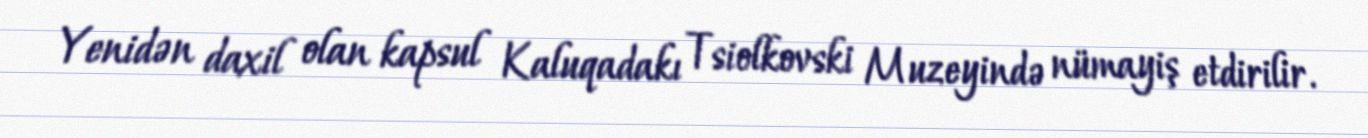
Yenidən daxil olan kapsul Kaluqadakı Tsiolkovski Muzeyində nümayiş etdirilir.